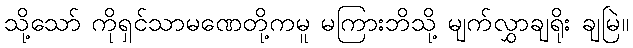
သို့သော် ကိုရှင်သာမဏေတို့ကမူ မကြားဘိသို့ မျက်လွှာချရိုး ချမြဲ။